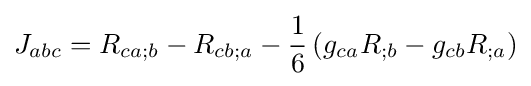
J_{abc}=R_{ca;b}-R_{cb;a}-{\frac {1}{6}}\left(g_{ca}R_{;b}-g_{cb}R_{;a}\right)